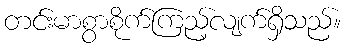
တင်းမာစွာစိုက်ကြည့်လျက်ရှိသည်။